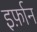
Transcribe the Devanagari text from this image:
इर्फ़ान